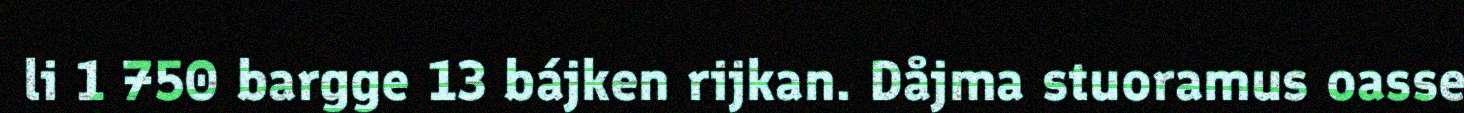
li 1 750 bargge 13 bájken rijkan. Dåjma stuoramus oasse